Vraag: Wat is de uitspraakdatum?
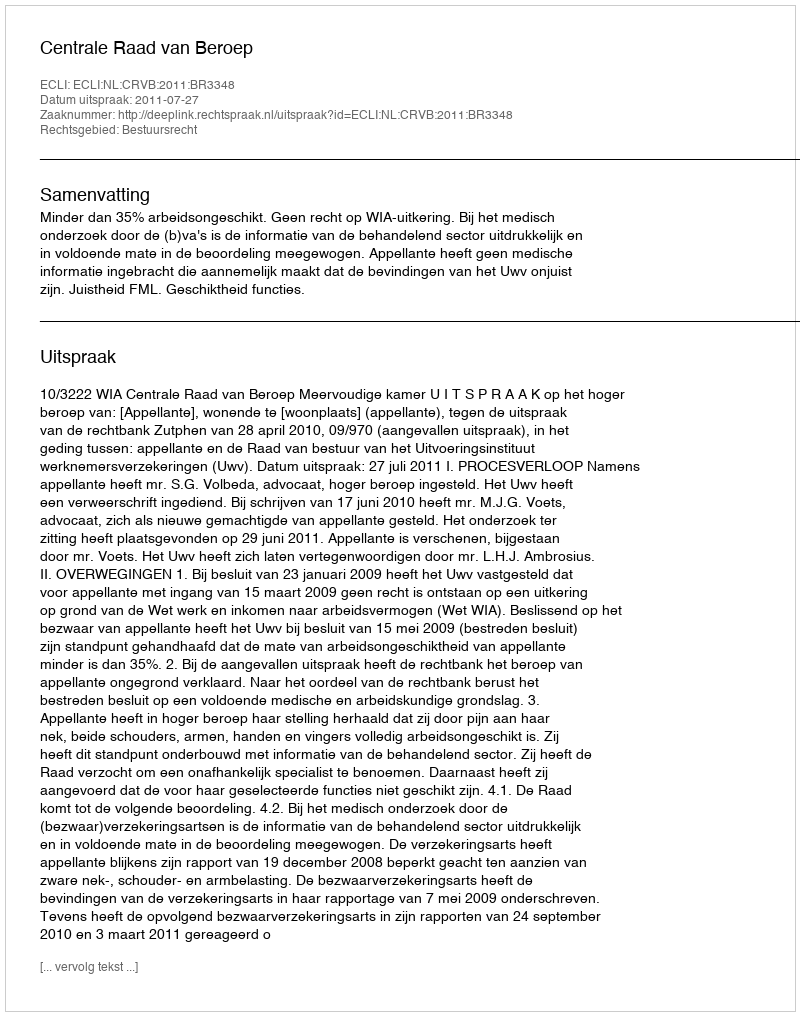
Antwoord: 2011-07-27